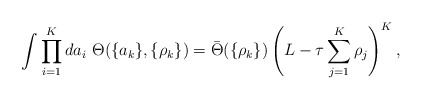
\begin{align*}\int \prod_{i=1}^K da_i\ \Theta(\{a_k\},\{\rho_k\}) =\bar{\Theta}(\{\rho_k\})\left( L - \tau \sum_{j=1}^{K} \rho_j \right)^K ,\end{align*}